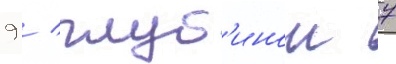
9 / глуб'инои 7